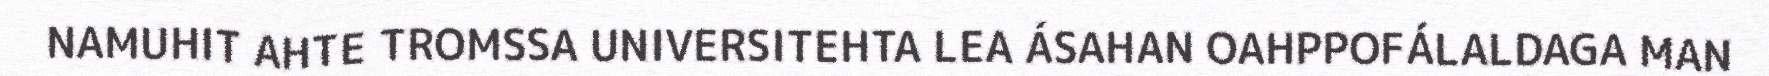
NAMUHIT AHTE TROMSSA UNIVERSITEHTA LEA ÁSAHAN OAHPPOFÁLALDAGA MAN